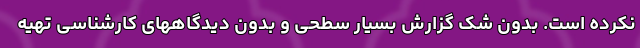
نکرده است. بدون شک گزارش بسیار سطحی و بدون دیدگاههای کارشناسی تهیه